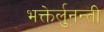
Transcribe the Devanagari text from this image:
भक्तेर्लुनन्ती